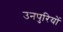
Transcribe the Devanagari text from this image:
उनपुरियों